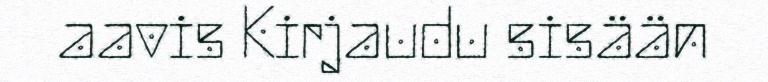
aavis Kirjaudu sisään